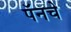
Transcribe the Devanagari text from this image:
पॅनचे